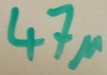
Text: 47µ